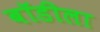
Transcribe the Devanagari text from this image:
बॉडीला